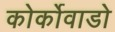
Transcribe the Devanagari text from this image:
कोर्कोवाडो